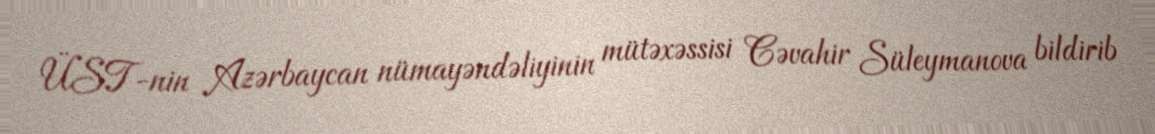
ÜST-nin Azərbaycan nümayəndəliyinin mütəxəssisi Cəvahir Süleymanova bildirib